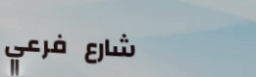
شارع فرعي